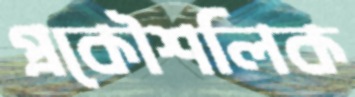
প্রকৌশলিক